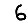
Digit: 6